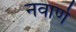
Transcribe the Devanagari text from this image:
नवार्ण